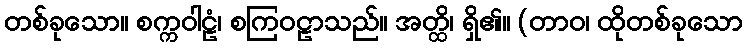
တစ်ခုသော။ စက္ကဝါဠံ၊ စကြဝဠာသည်။ အတ္ထိ၊ ရှိ၏။ (တာဝ၊ ထိုတစ်ခုသော